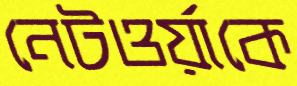
নেটওর্য়াকে